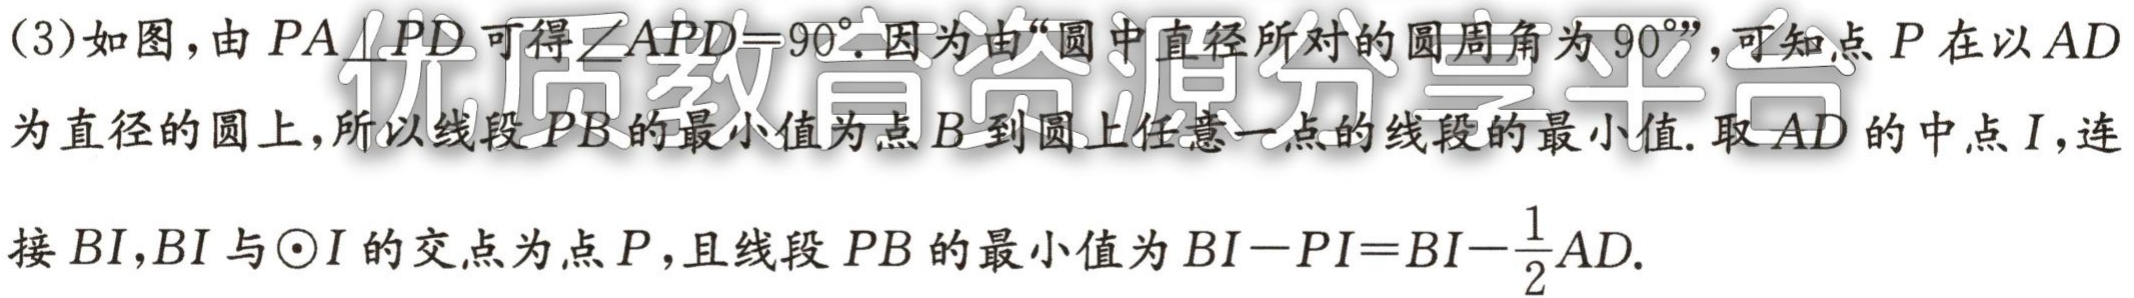
(3)如图，由 \(PA\perp PD\) 可得\(\angle APD = 90^{\circ}\).因为由“圆中直径所对的圆周角为 \(90^{\circ}\)”，可知点 \(P\) 在以 \(AD\) 为直径的圆上，所以线段 \(PB\) 的最小值为点 \(B\) 到圆上任意一点的线段的最小值. 取 \(AD\) 的中点 \(I\)，连接 \(BI\)，\(BI\) 与\(\odot I\) 的交点为点 \(P\)，且线段 \(PB\) 的最小值为 \(BI - PI=BI-\frac{1}{2}AD\).